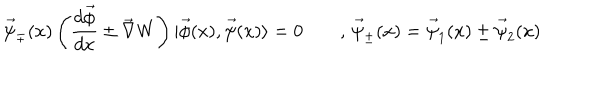
\vec { \psi } _ { \mp } ( x ) \left( \frac { d \vec { \phi } } { d x } \pm \vec { \nabla } W \right) | \vec { \phi } ( x ) , \vec { \psi } ( x ) \rangle = 0 \qquad , \, \vec { \psi } _ { \pm } ( x ) = \vec { \psi } _ { 1 } ( x ) \pm \vec { \psi } _ { 2 } ( x )